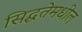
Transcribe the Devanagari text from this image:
सिद्धतेमधील